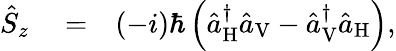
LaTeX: \begin{array}{rlr}{\hat{S}_{z}}&{{}=}&{(-i)\hbar\left(\hat{a}_{\mathrm{H}}^{\dagger}\hat{a}_{\mathrm{V}}-\hat{a}_{\mathrm{V}}^{\dagger}\hat{a}_{\mathrm{H}}\right),}\end{array}